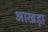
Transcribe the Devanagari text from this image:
आखड़ा